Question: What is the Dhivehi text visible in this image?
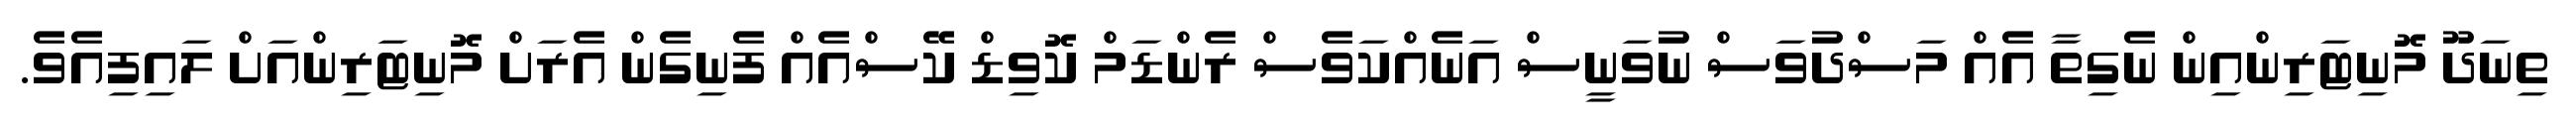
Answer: ތިނަދޫ މޮނިޓަރިންއިން ނެގިތާ އެއް މަސްދުވަސް ނުވަނީސް އަނެއްކަވެސް ރެންޑަމް ކޮވިޑް ކޭސްއެއް ފެނިގެން އެރަށް މޮނިޓަރިންއަށް ލައިފިއެވެ.